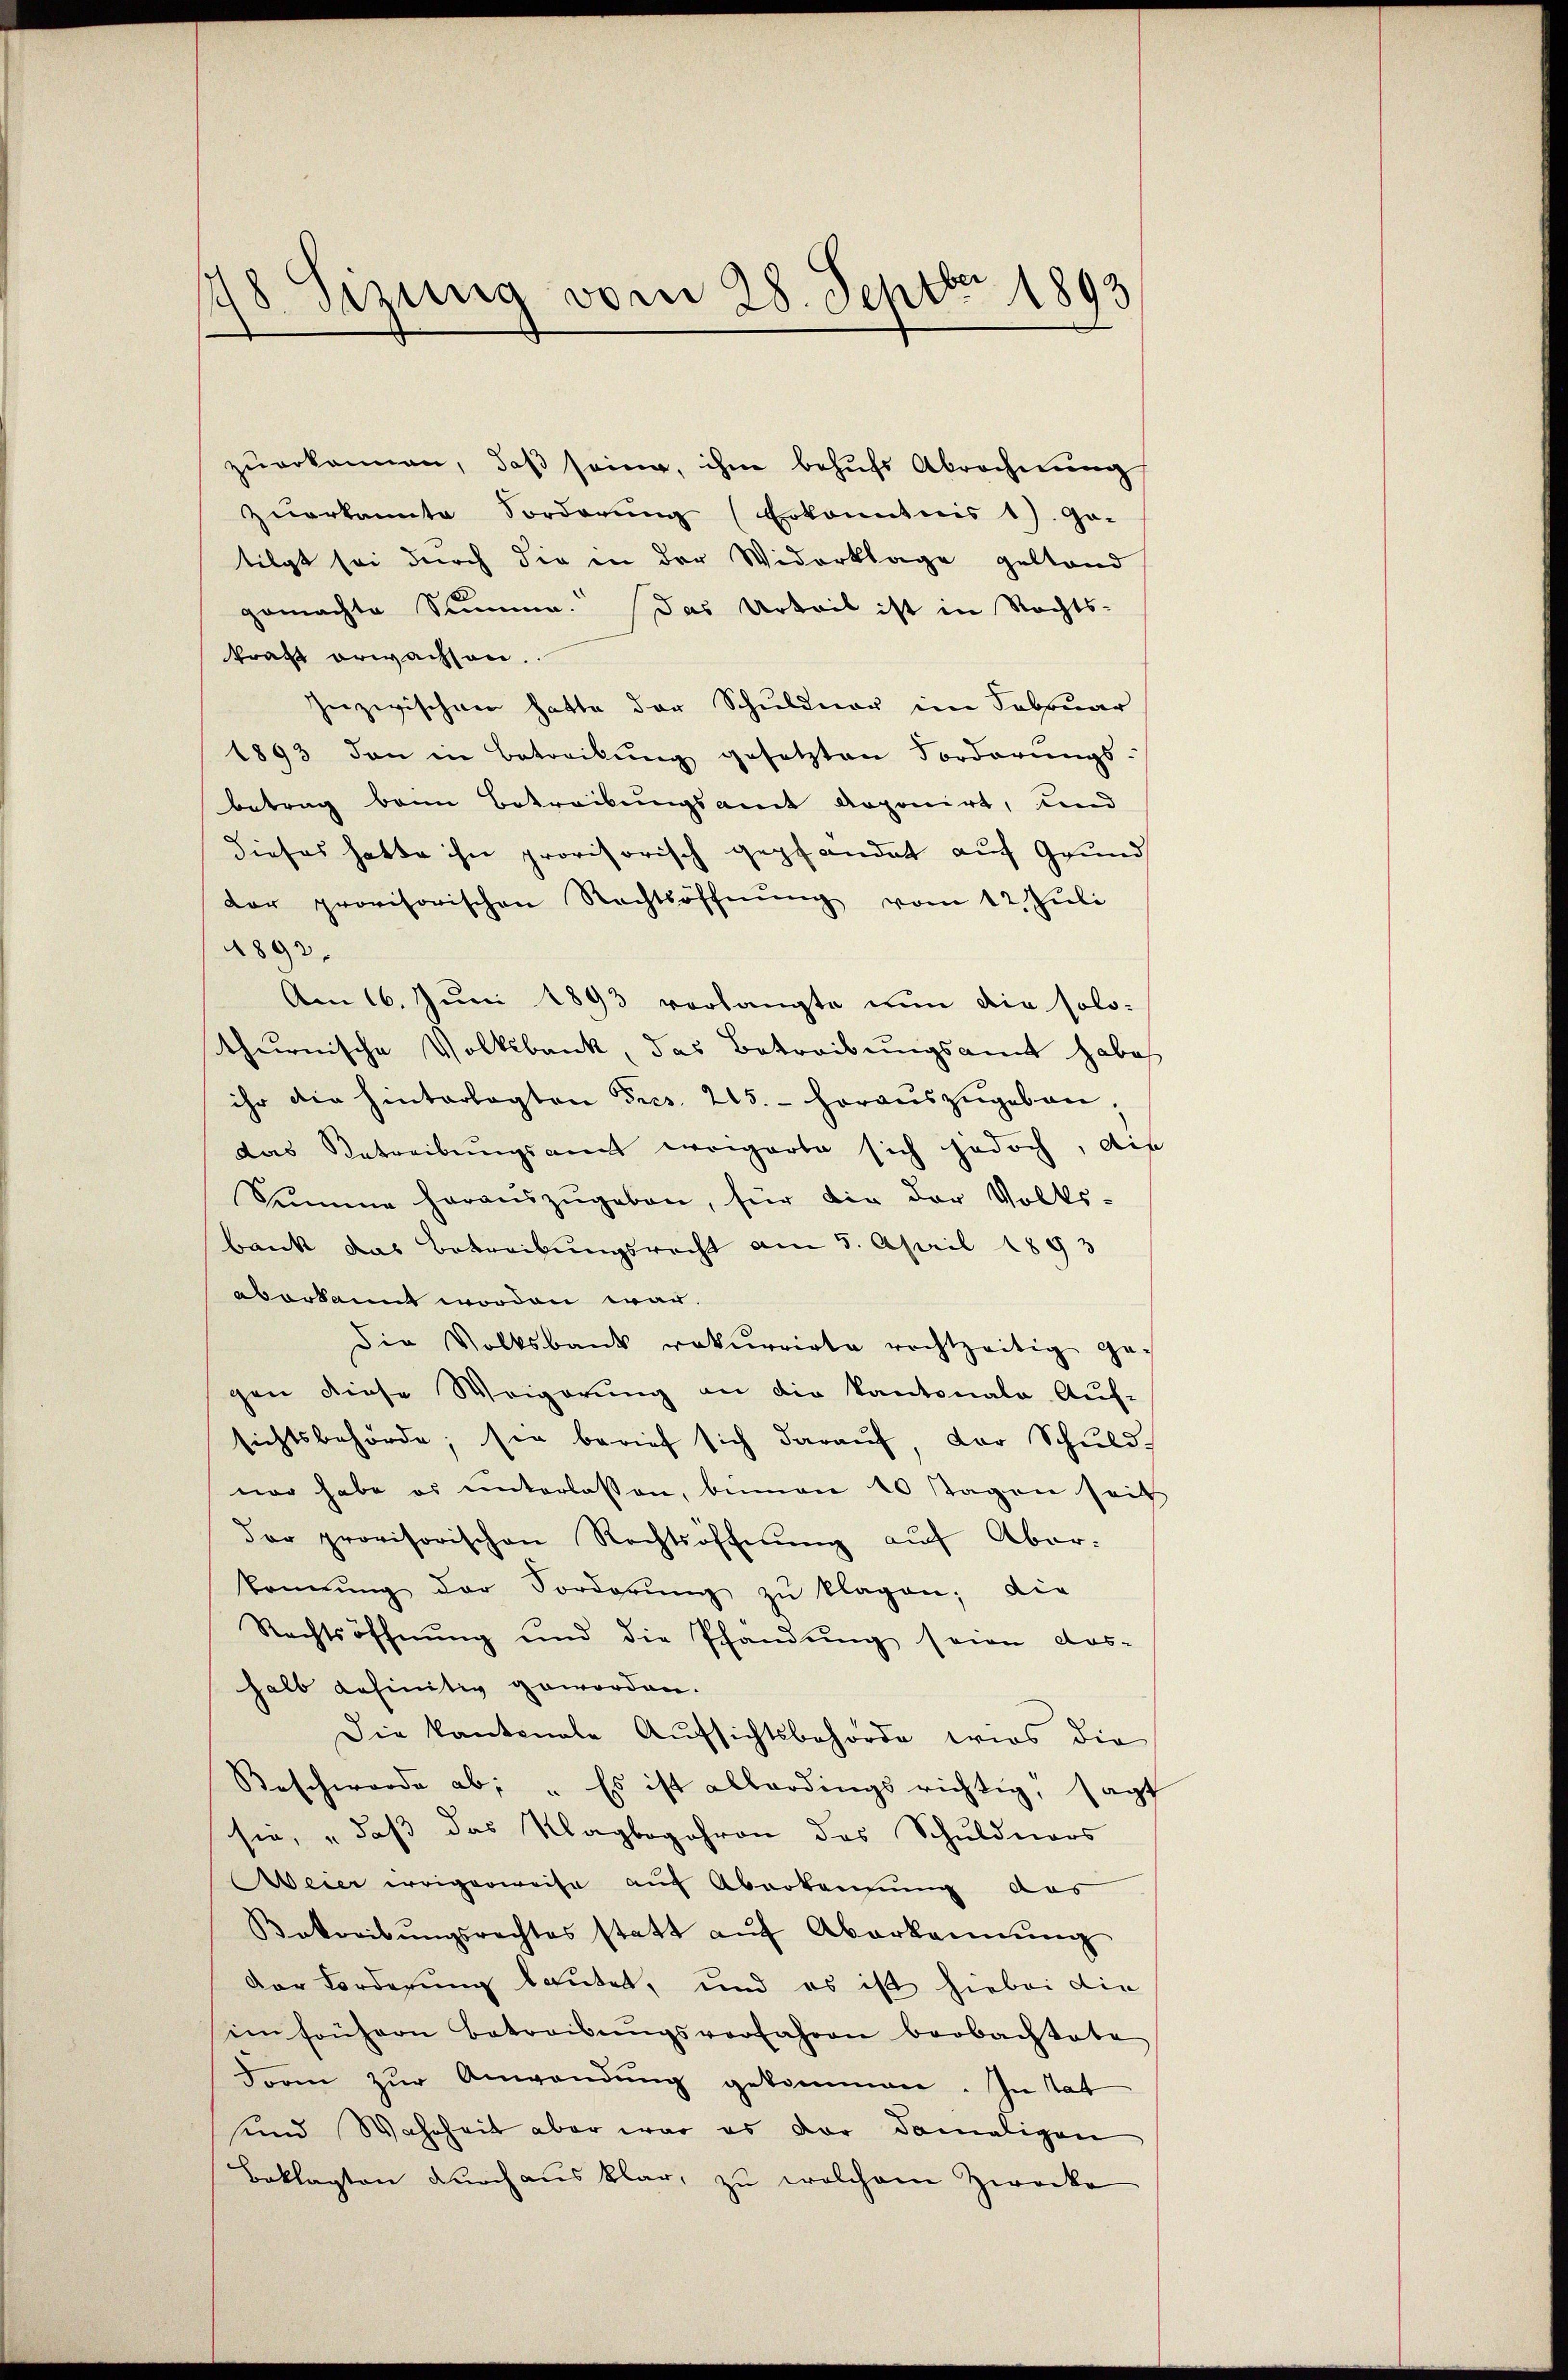
d
198. Sitzung vom 28. Septbr 1893

zŭerkannen, daβ seine, ihm behŭfs Abrechnŭng
zŭerkannte Sorderŭng (Erkanntnis 1). Ge-
tilgt sei durch die in der Widerklage gestand
gemachte Summe. Das Urteil ist in Rechts-
kraft erwachsen.
zuzwischen hatte der Schuldner im Februar
1893 den in Betreibŭng gesetzten Forderŭngs-
betrag beim Betreibungsamt Aoponirt, und
dieses hatte ihn provisorisch gepfandat auf Grund
der provisorischen Rechtsöffnŭng vom 12. Juli
4892.
Am 16. Juni 1893 vorlangte nun die solo-
thurnische Volksbank, das Betreibungsamt habe
ihr die hinterlegten dres. 215. horaŭszŭgeben,
das Betreibŭngsamt weigerte sich jedoch, die
Summe heraŭszŭgeben, für die der Volks-
bank das Betreibungsrecht am 5. April 1893
aberkannt worden war.
Die Volksbank rekurrirte rechtzeitig gegen diese Weigerung an die Kantonale Auf-
sichtsbehörde; sie berief sich darauf, der Schuld-
nar habe es unterlassen, binnen 10 Tagen seit
der provisorischen Rechtsöffnŭng auf Aber:
konnŭng der Forderŭng zŭ klagen; die
Rechtsöffnung und die Pfandung seien Aus-
halb befinitiv geworden.
Die Kantonale Aufsichtsbehörde wirs die
Beschwerde ab: „Es ist allerdings richtig, sagt
sie, „daß das Klagbegehren des Schuldners
Weier irrigerweise auf Aberkennung das
Betreibŭngsrechtes statt aŭf Aberkannŭng
Der Forderung lautet, und es ist hiebei die
im frühern Betreibŭngsverfahren beobachtete
Forin zŭr Anwendŭng gekommen. In tat
sind Wahrheit aber war es der damaligen
Beklagten durchaus klar, zu welchem Zwecke